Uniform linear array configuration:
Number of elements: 16
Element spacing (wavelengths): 0.5
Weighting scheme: kaiser
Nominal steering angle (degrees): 30
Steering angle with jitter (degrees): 28.888
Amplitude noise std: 0.05
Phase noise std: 0.05

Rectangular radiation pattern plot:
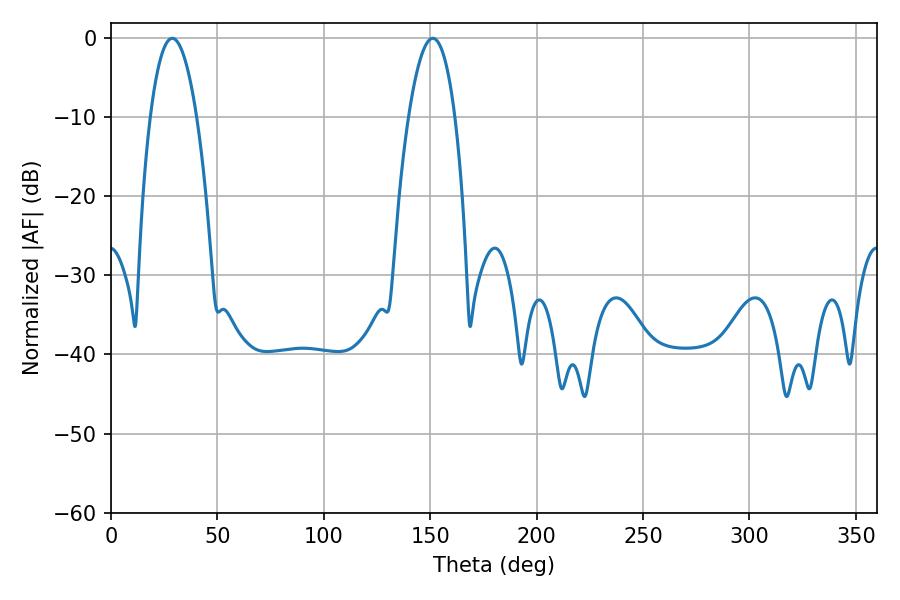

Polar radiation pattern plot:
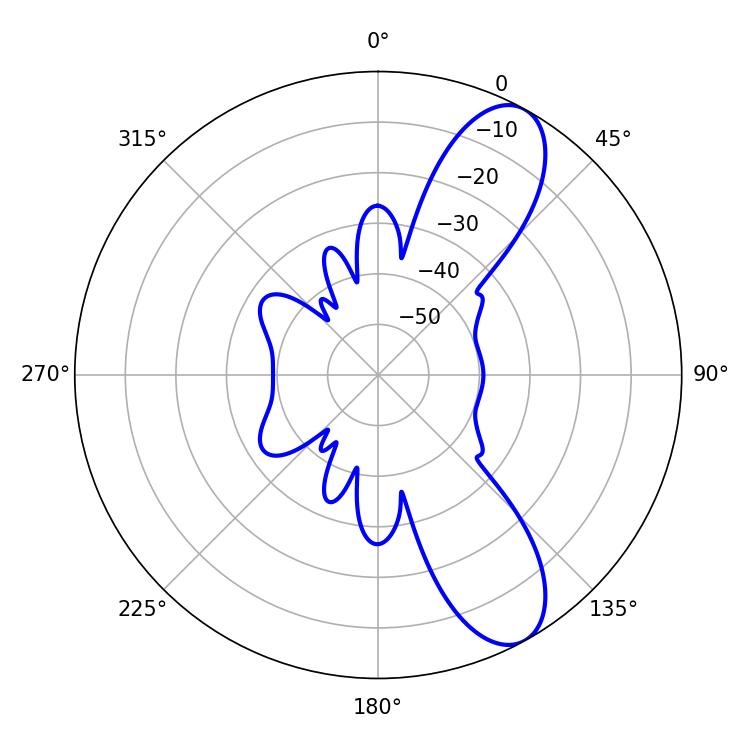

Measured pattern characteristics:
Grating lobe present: FALSE
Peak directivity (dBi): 9.626
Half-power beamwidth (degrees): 12.06
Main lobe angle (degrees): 28.8